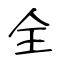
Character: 全